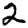
Digit: 2